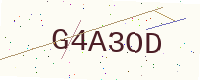
Text: G4A3OD